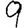
Digit: 9